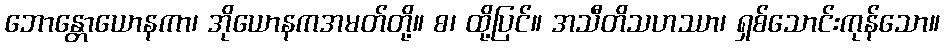
ဘောန္တောယောနကာ၊ အိုယောနကအမတ်တို့။ စ၊ ထို့ပြင်။ အသီတိသဟဿာ၊ ရှစ်သောင်းကုန်သော။